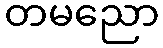
တမညော